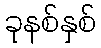
ခုနစ်နှစ်